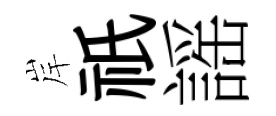
岸祇謡